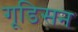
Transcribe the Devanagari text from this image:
गूडिसन